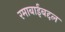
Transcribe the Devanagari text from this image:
रमाबाईंबद्दल